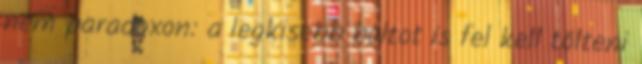
nem paradoxon: a legkisebb boltot is fel kell tölteni